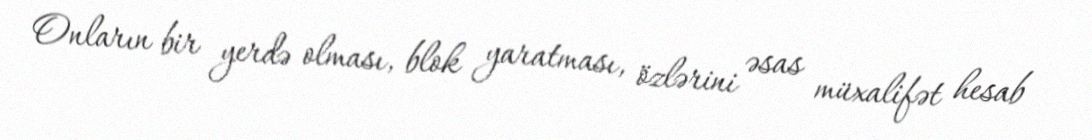
Onların bir yerdə olması, blok yaratması, özlərini əsas müxalifət hesab